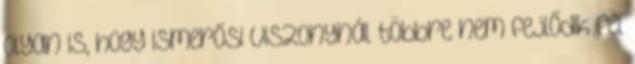
olyan is, hogy ismerősi viszonynál többre nem fejlődik fel